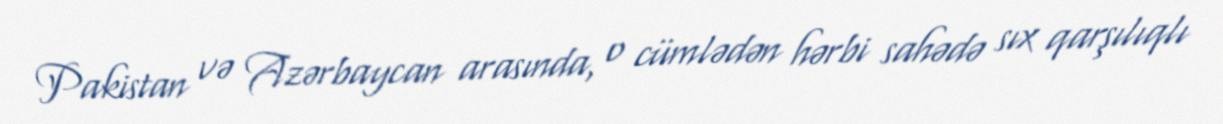
Pakistan və Azərbaycan arasında, o cümlədən hərbi sahədə sıx qarşılıqlı